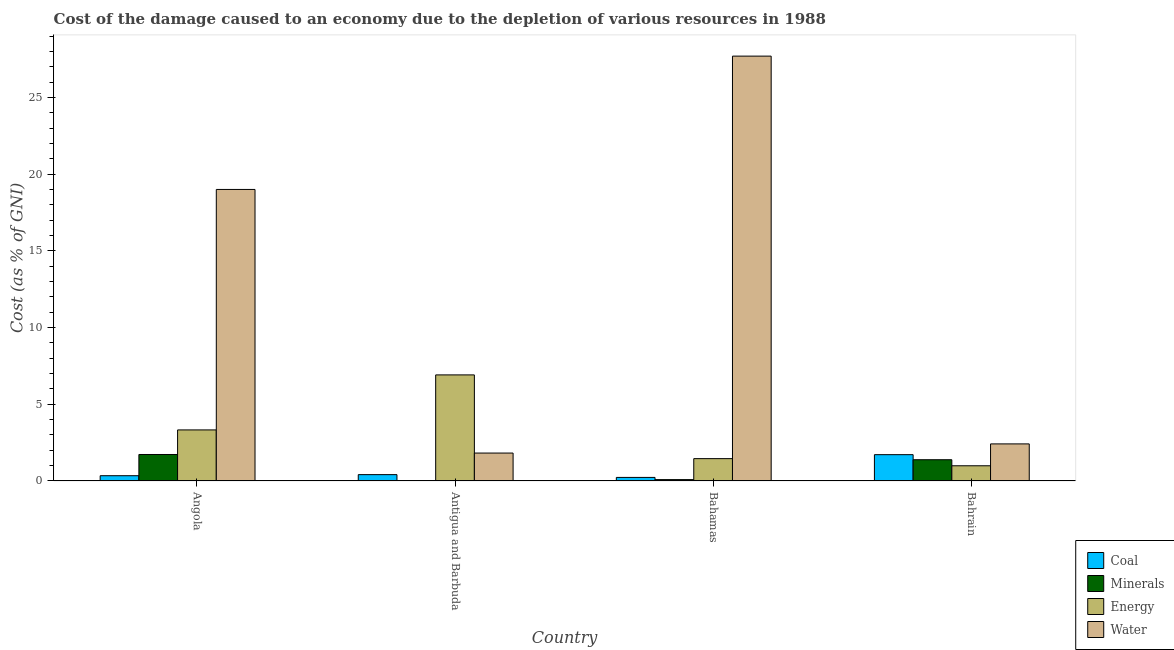
| Country | Coal | Minerals | Energy | Water |
 | --- | --- | --- | --- | --- |
 | Angola | 0.345 | 1.73 | 3.33 | 19 |
 | Antigua and Barbuda | 0.415 | 0.0234 | 6.92 | 1.82 |
 | Bahamas | 0.233 | 0.0898 | 1.46 | 27.7 |
 | Bahrain | 1.72 | 1.39 | 0.992 | 2.42 |